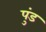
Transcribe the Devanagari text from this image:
पुंड